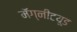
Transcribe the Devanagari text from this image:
मॅग्नीटय़ूड